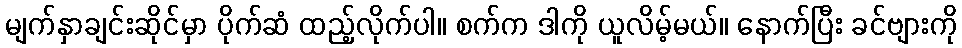
မျက်နှာချင်းဆိုင်မှာ ပိုက်ဆံ ထည့်လိုက်ပါ။ စက်က ဒါကို ယူလိမ့်မယ်။ နောက်ပြီး ခင်ဗျားကို